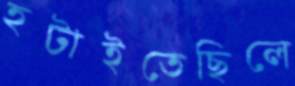
হটাইতেছিলে